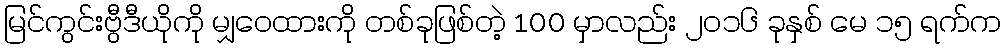
မြင်ကွင်းဗွီဒီယိုကို မျှဝေထားကို တစ်ခုဖြစ်တဲ့ 100 မှာလည်း ၂၀၁၆ ခုနှစ် မေ ၁၅ ရက်က